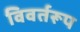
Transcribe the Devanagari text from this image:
विवर्तरूप